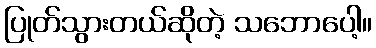
ပြုတ်သွားတယ်ဆိုတဲ့ သဘောပေါ့။